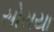
સોરાયા